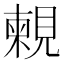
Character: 𧡴